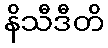
နိသီဒီတိ